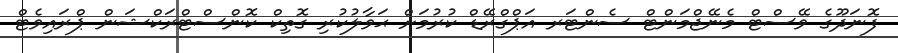
ފޮނަދޫގެ ވޭސްޓް މެނޭޖްމަންޓް ސެންޓަރ އަޕްގްރޭޑް ކުރުމަށް ޙަވާލުކުރި ގޮތިކް ކޮންސްޓްރަކްޝަން ޕްރައިވެޓް